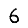
Digit: 6